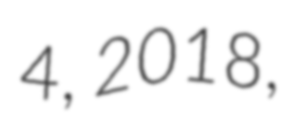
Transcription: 4, 2018,